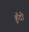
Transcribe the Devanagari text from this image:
हूँदो